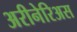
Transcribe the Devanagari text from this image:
अरीनेरिअस